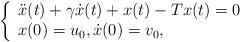
LaTeX: \begin{align*}\left\{\begin{array}{ll}\ddot x(t) + \gamma\dot x(t) + x(t)-Tx(t) = 0\\x(0)=u_0, \dot x(0)=v_0,\end{array}\right.\end{align*}